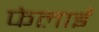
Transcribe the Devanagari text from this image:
फेलाई